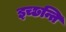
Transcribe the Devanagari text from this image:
इच्छन्ति